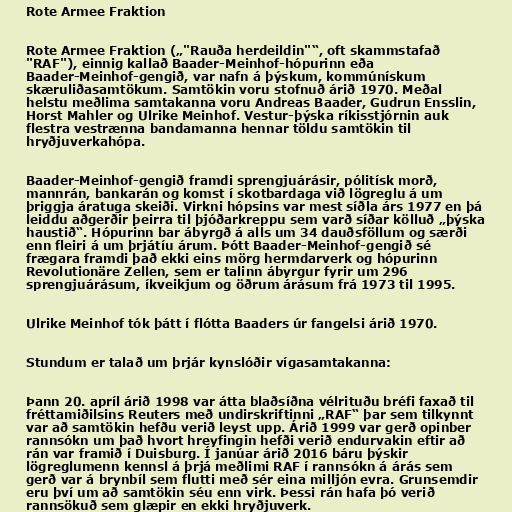
Rote Armee Fraktion

Rote Armee Fraktion („"Rauða herdeildin"“, oft skammstafað
"RAF"), einnig kallað Baader-Meinhof-hópurinn eða
Baader-Meinhof-gengið, var nafn á þýskum, kommúnískum
skæruliðasamtökum. Samtökin voru stofnuð árið 1970. Meðal
helstu meðlima samtakanna voru Andreas Baader, Gudrun Ensslin,
Horst Mahler og Ulrike Meinhof. Vestur-þýska ríkisstjórnin auk
flestra vestrænna bandamanna hennar töldu samtökin til
hryðjuverkahópa.

Baader-Meinhof-gengið framdi sprengjuárásir, pólitísk morð,
mannrán, bankarán og komst í skotbardaga við lögreglu á um
þriggja áratuga skeiði. Virkni hópsins var mest síðla árs 1977 en þá
leiddu aðgerðir þeirra til þjóðarkreppu sem varð síðar kölluð „þýska
haustið“. Hópurinn bar ábyrgð á alls um 34 dauðsföllum og særði
enn fleiri á um þrjátíu árum. Þótt Baader-Meinhof-gengið sé
frægara framdi það ekki eins mörg hermdarverk og hópurinn
Revolutionäre Zellen, sem er talinn ábyrgur fyrir um 296
sprengjuárásum, íkveikjum og öðrum árásum frá 1973 til 1995.

Ulrike Meinhof tók þátt í flótta Baaders úr fangelsi árið 1970.

Stundum er talað um þrjár kynslóðir vígasamtakanna:

Þann 20. apríl árið 1998 var átta blaðsíðna vélrituðu bréfi faxað til
fréttamiðilsins Reuters með undirskriftinni „RAF“ þar sem tilkynnt
var að samtökin hefðu verið leyst upp. Árið 1999 var gerð opinber
rannsókn um það hvort hreyfingin hefði verið endurvakin eftir að
rán var framið í Duisburg. Í janúar árið 2016 báru þýskir
lögreglumenn kennsl á þrjá meðlimi RAF í rannsókn á árás sem
gerð var á brynbíl sem flutti með sér eina milljón evra. Grunsemdir
eru því um að samtökin séu enn virk. Þessi rán hafa þó verið
rannsökuð sem glæpir en ekki hryðjuverk.